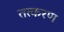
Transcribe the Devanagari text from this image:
तत्करण